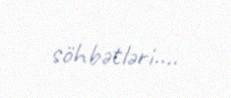
söhbətləri….